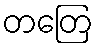
တတြေ